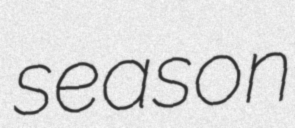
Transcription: season